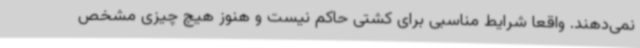
نمی‌دهند. واقعا شرایط مناسبی برای کشتی حاکم نیست و هنوز هیچ چیزی مشخص